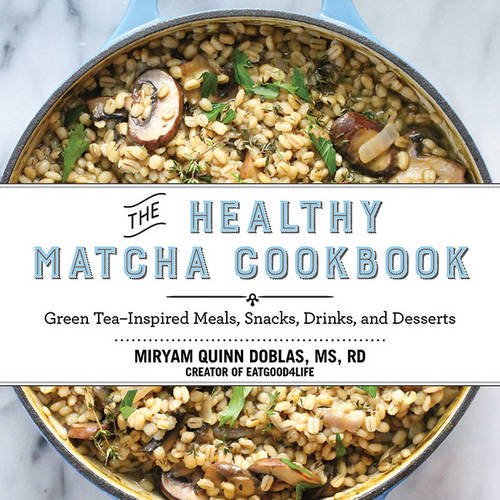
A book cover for The Healthy Matcha Cookbook: Green TeaEEInspired Meals, Snacks, Drinks, and Desserts; Miryam Quinn Doblas; Cookbooks, Food & Wine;